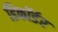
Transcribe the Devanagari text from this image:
डिकॉर्डर